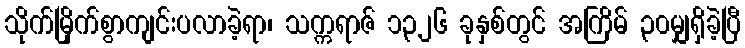
သိုက်မြိုက်စွာကျင်းပလာခဲ့ရာ၊ သက္ကရာဇ် ၁၃၂၆ ခုနှစ်တွင် အကြိမ် ၃၀မျှရှိခဲ့ပြီ